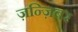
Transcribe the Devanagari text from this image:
ज़न्ज़िबर